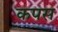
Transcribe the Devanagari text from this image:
कपस